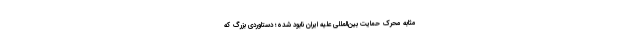
مثابه محرک حمایت بین‌المللی علیه ایران نابود شده؛ دستاوردی بزرگ که